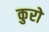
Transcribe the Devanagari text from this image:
कुरो